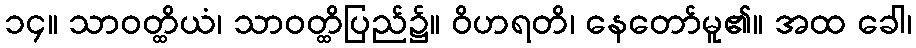
၁၄။ သာဝတ္ထိယံ၊ သာဝတ္ထိပြည်၌။ ဝိဟရတိ၊ နေတော်မူ၏။ အထ ခေါ၊